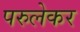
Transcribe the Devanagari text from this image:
परुलेकर